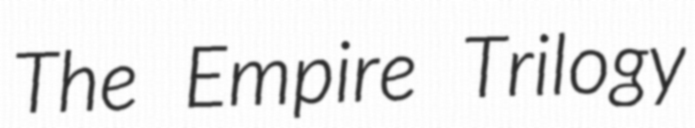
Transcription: The Empire Trilogy